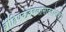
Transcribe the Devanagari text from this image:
ब्रीहियवावबलासावदोमधौ।